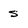
Character: s